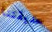
حديقتنا